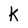
Character: K